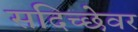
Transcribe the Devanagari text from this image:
सदिच्छेवर